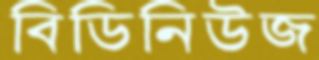
বিডিনিউজ